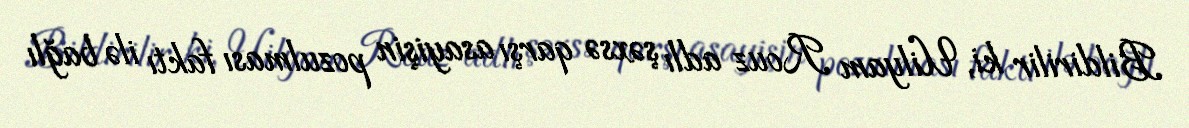
Bildirilir ki, Uilyam Rouz adlı şəxsə qarşı asayişin pozulması faktı ilə bağlı